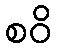
စဝိ